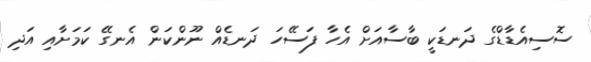
ސޮސިއެޑާޑްގެ ދަނޑަކީ ބާސާއަށް އެހާ ފަސޭހަ ދަނޑެއް ނޫންކަން އެނގޭ ކަމަށާއި އަދި